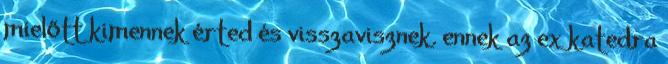
mielőtt kimennek érted és visszavisznek. ennek az ex katedra